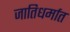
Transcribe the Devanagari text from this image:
जातिधर्मात